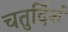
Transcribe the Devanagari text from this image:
चतुर्दिशं